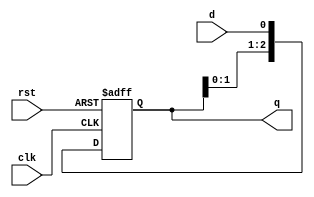
`timescale 1ns / 1ps
//////////////////////////////////////////////////////////////////////////////////
// Company: 
// Engineer: 
// 
// Design Name: 
// Module Name:    reg_modul 
// Project Name: 
// Target Devices: 
// Tool versions: 
// Description: 
//
// Dependencies: 
//
// Revision: 
// Revision 0.01 - File Created
// Additional Comments: 
//
//////////////////////////////////////////////////////////////////////////////////
module reg_modul(
			input d,
			input clk,
			input rst,
			output [2:0]q
    );
 reg [2:0]temp;
			always @(posedge clk, posedge rst)
			begin
			if (rst==1'b1)
				temp<=3'b000;
			else
				begin
					temp<=temp<<1'b1;
					temp[0]<=d;
				end
			end
			
			assign q=temp;

endmodule